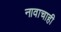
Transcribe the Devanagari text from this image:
नावाचाही